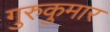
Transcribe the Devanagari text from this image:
गुरुकुमार